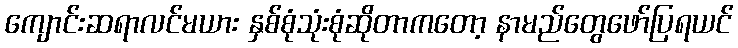
ကျောင်းဆရာလင်မယား နှစ်စုံသုံးစုံဆိုတာကတော့ နာမည်တွေဖော်ပြရယင်